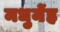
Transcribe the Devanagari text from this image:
मधुमेंह